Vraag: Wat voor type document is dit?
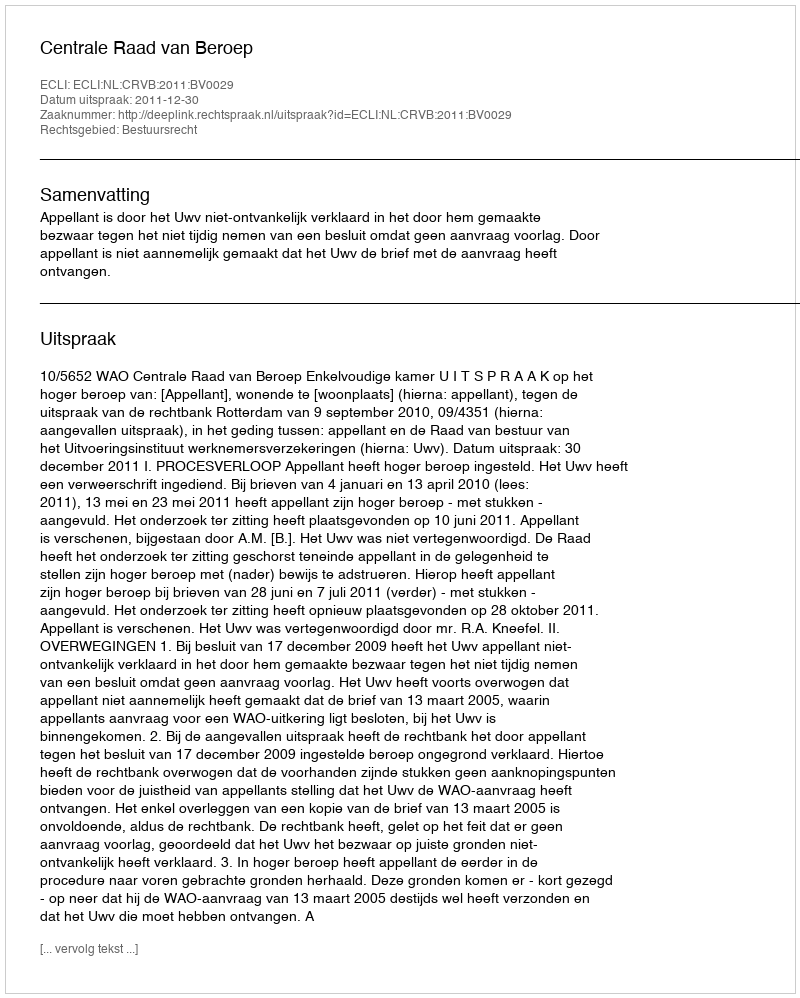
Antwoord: Uitspraak